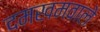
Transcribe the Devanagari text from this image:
दमखमवाले